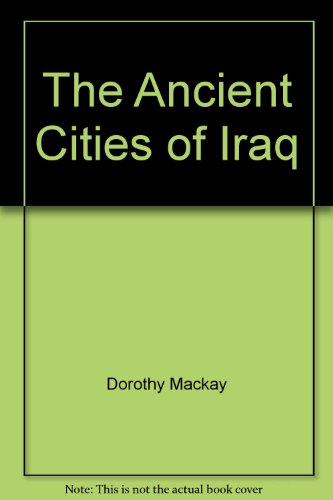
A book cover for The ancient cities of Iraq; Dorothy Mary Simmons Mackay; Travel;